Statistics compiled by the Government of India from the reports of provincial Civil Veterinary Departments
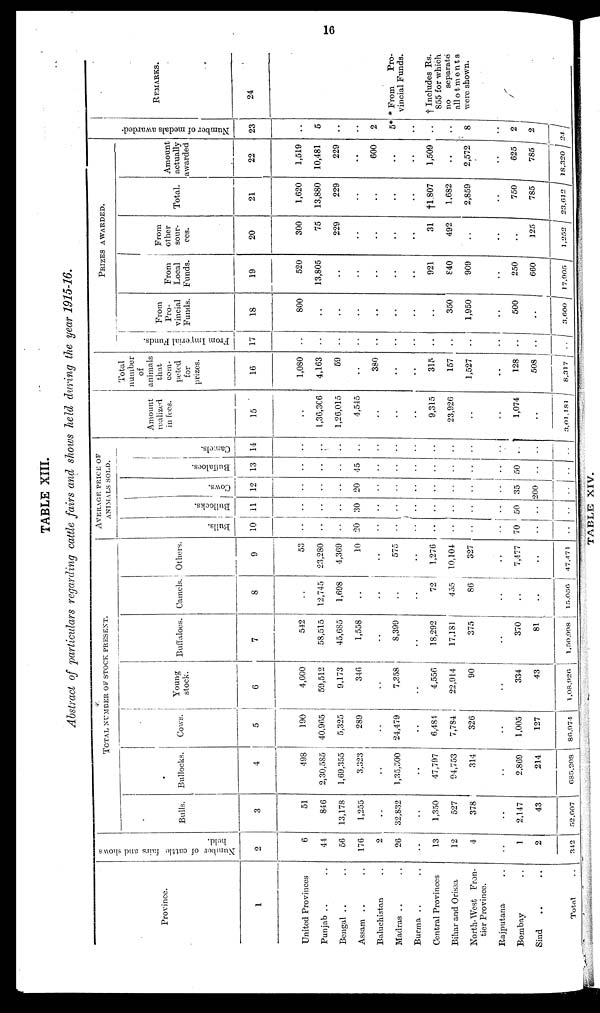
16
TABLE XIII.
Abstract of particulars regarding cattle fairs and shows held during the year 1915-16.
Province.
1
United Provinces
Punjab .. ..
Bengal .. ..
Assam .. ..
Baluchistan ..
Madras .. ..
Burma .. ..
Central Provinces
Bihar and Orissa
North-West Fron-
tier Province.
Rajputana ..
Bombay ..
Sind .. ..
Total ..
Number of cattle fail's and shows
held.
2
6
44
56
176
2
26
..
13
12
4
..
1
2
342
TOTAL NUMBER OF STOCK PRESENT.
Bulls.
3
51
846
13,178
1,255
..
32,832
..
1,350
527
378
..
2,147
43
52,607
Bullocks.
4
498
2,30,585
1,69,355
3,323
..
1,35,500
..
47,797
94,753
314
..
2,869
214
685,208
Cows.
5
190
40,965
5,325
289
..
24,479
..
6,484
7,784
326
..
1,005
127
86,974
Young
stock.
6
4,600
59,512
9,173
346
..
7,358
..
4,556
22,914
90
..
334
43
1,08,026
Buffaloes.
7
542
58,515
45,685
1,558
..
8,399
..
18,292
17,181
375
..
370
81
1,50,998
Camels.
8
..
12,745
1,698
..
..
..
..
72
455
86
..
..
..
15,056
Others.
9
53
23,280
4,369
10
..
575
..
1,276
10,104
327
..
7,477
..
47,471
AVERAGE PRICE OF
ANIMALS SOLD.
Bulls.
10
..
..
..
20
..
..
..
..
70
..
Bul l
ocks .
11
..
..
..
30
..
..
..
..
..
..
..
50
..
..
Cows .
12
..
..
..
20
..
..
..
..
..
..
..
35
200
..
Buffaloes.
13
..
..
..
45
..
..
..
..
..
..
..
50
..
..
Camels.
14
..
..
..
..
..
..
..
..
..
..
..
..
..
..
Amount
realized
in fees.
15
..
1,36,306
1,26,015
4,545
..
..
..
9,315
23,926
..
..
1,074
..
3,01,181
Total
number
of
animals
that
com-
peted
for
prizes.
16
1,080
4,163
59
..
380
..
..
315
157
1,527
..
128
508
8,317
Fr om I mpe r i a l Funds .
17
..
..
..
..
..
..
..
..
..
..
..
..
..
..
PRIZES AWARDED.
From
Pro-
vincial
Funds.
18
800
..
..
..
..
..
..
..
350
1,950
..
500
..
3,600
From
Local
Funds.
19
520
13,805
..
..
..
..
..
921
840
909
..
250
660
17,905
From
other
sour-
ces.
20
300
75
229
..
..
..
..
31
492
..
..
..
125
1,252
Total.
21
1,620
13,880
229
..
..
..
..
†1,807
1,682
2,859
..
750
785
23,612
Amount
actually
awarded
22
1,519
10,481
229
..
600
..
..
1,509
..
2,572
..
625
785
18,320
Number of medals awarded.
23
..
5
..
..
2
5*
..
..
8
..
2
2
24
REMARKS.
24
* From
Pro-
vincial Funds.
† Includes Rs.
855 for which
no
separate
allotments
were shown.